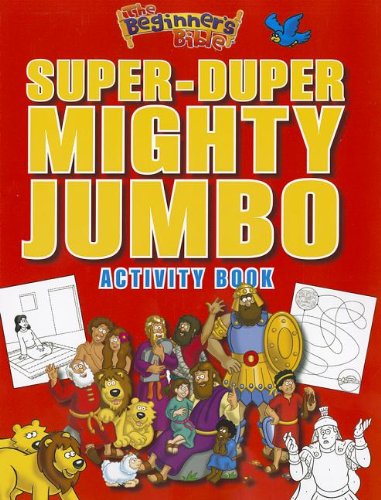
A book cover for The Beginner's Bible Super-Duper, Mighty, Jumbo Activity Book; Zondervan; Christian Books & Bibles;